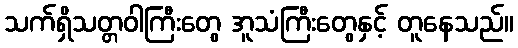
သက်ရှိသတ္တဝါကြီးတွေ အူသံကြီးတွေနှင့် တူနေသည်။